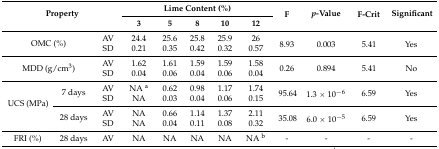
<table><thead><tr><td rowspan="2" colspan="3"><b>Property</b></td><td colspan="5"><b>Lime Content (%)</b></td><td rowspan="2"><b>F</b></td><td rowspan="2"><b><i>p</i>-Value</b></td><td rowspan="2"><b>F-Crit</b></td><td rowspan="2"><b>Significant</b></td></tr><tr><td><b>3</b></td><td><b>5</b></td><td><b>8</b></td><td><b>10</b></td><td><b>12</b></td></tr></thead><tbody><tr><td rowspan="2" colspan="2">OMC (%)</td><td>AV</td><td>24.4</td><td>25.6</td><td>25.8</td><td>25.9</td><td>26</td><td rowspan="2">8.93</td><td rowspan="2">0.003</td><td rowspan="2">5.41</td><td rowspan="2">Yes</td></tr><tr><td>SD</td><td>0.21</td><td>0.35</td><td>0.42</td><td>0.32</td><td>0.57</td></tr><tr><td rowspan="2" colspan="2">MDD (g/cm<sup>3</sup>)</td><td>AV</td><td>1.62</td><td>1.61</td><td>1.59</td><td>1.59</td><td>1.58</td><td rowspan="2">0.26</td><td rowspan="2">0.894</td><td rowspan="2">5.41</td><td rowspan="2">No</td></tr><tr><td>SD</td><td>0.04</td><td>0.06</td><td>0.04</td><td>0.06</td><td>0.04</td></tr><tr><td rowspan="4">UCS (MPa)</td><td rowspan="2">7 days</td><td>AV</td><td>NA <sup>a</sup></td><td>0.62</td><td>0.98</td><td>1.17</td><td>1.74</td><td rowspan="2">95.64</td><td rowspan="2">1.3 × 10<sup>−6</sup></td><td rowspan="2">6.59</td><td rowspan="2">Yes</td></tr><tr><td>SD</td><td>NA</td><td>0.03</td><td>0.04</td><td>0.06</td><td>0.15</td></tr><tr><td rowspan="2">28 days</td><td>AV</td><td>NA</td><td>0.66</td><td>1.14</td><td>1.37</td><td>2.11</td><td rowspan="2">35.08</td><td rowspan="2">6.0 × 10<sup>−5</sup></td><td rowspan="2">6.59</td><td rowspan="2">Yes</td></tr><tr><td>SD</td><td>NA</td><td>0.04</td><td>0.11</td><td>0.08</td><td>0.32</td></tr><tr><td>FRI (%)</td><td>28 days</td><td>AV</td><td>NA</td><td>NA</td><td>NA</td><td>NA</td><td>NA <sup>b</sup></td><td>-</td><td>-</td><td>-</td><td>-</td></tr></tbody></table>